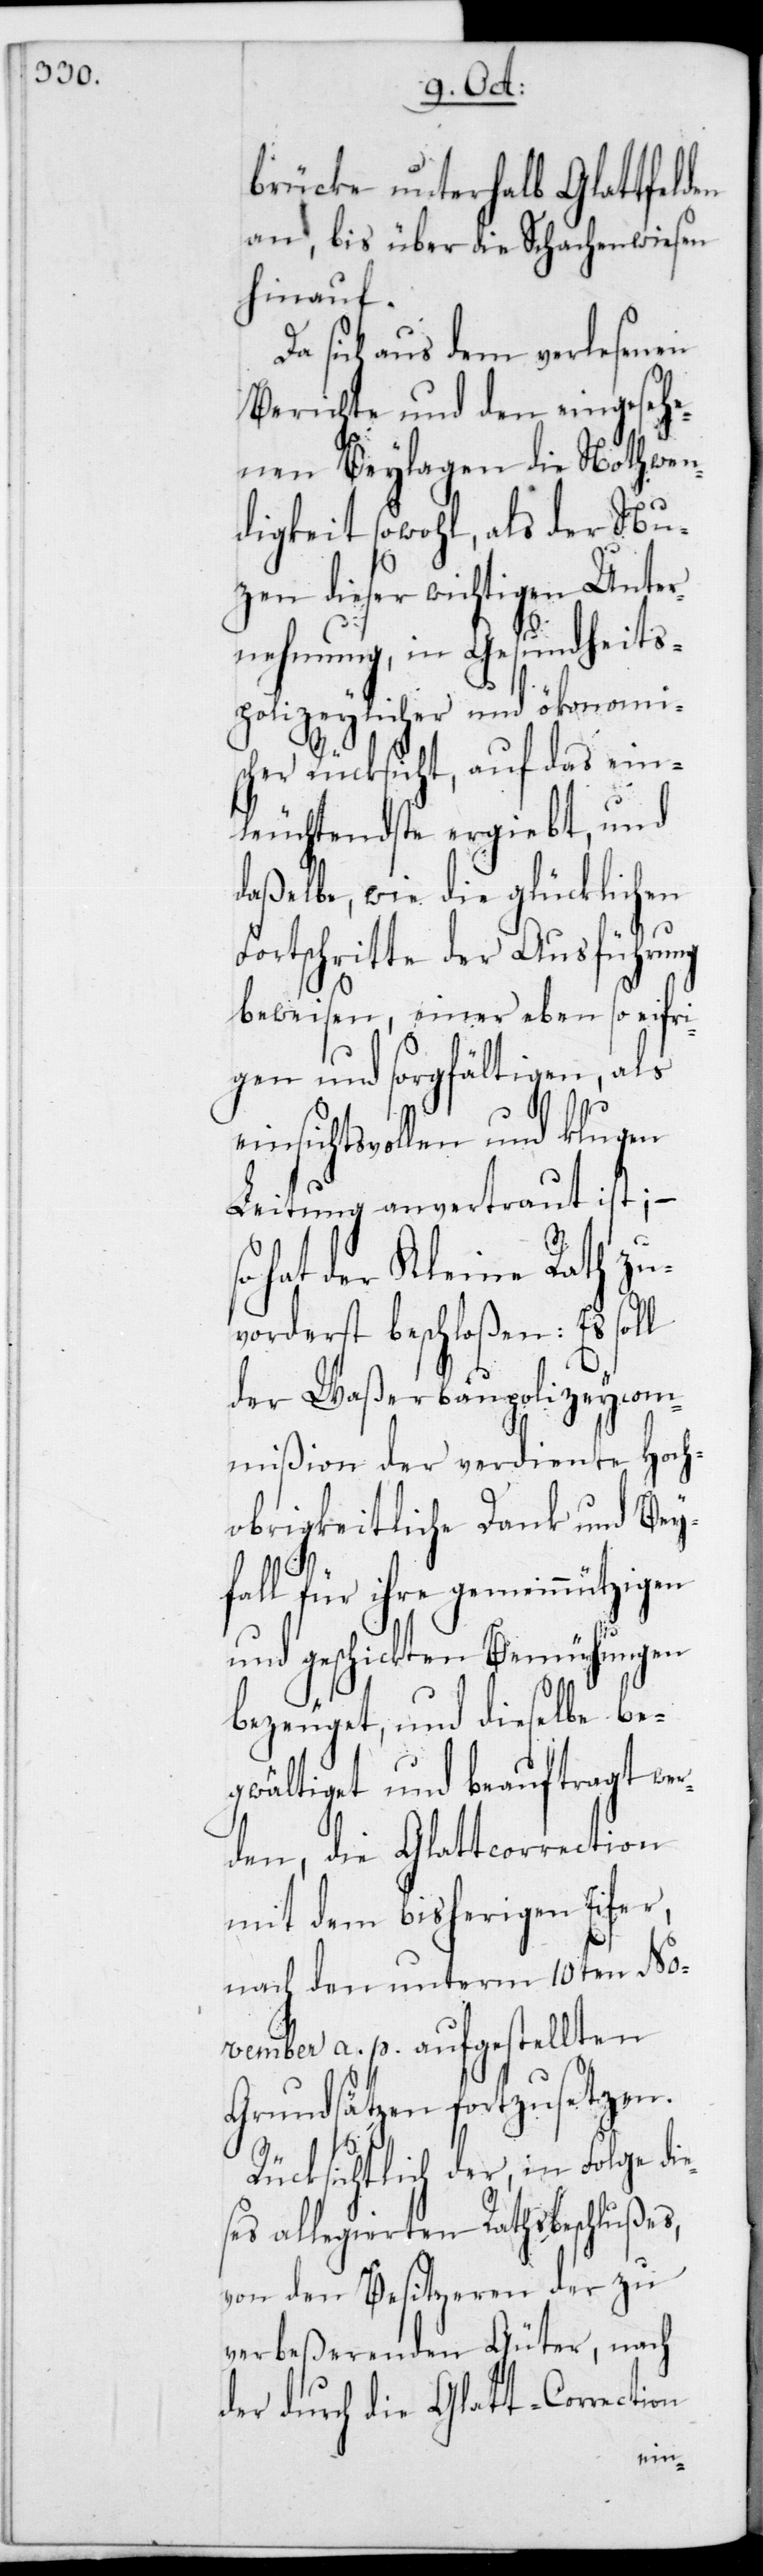
brücke unterhalb Glattfelden
an, bis über die Schachenwiesen
hinauf.
Da sich aus dem verlesenen
Berichte und den eingesehe¬
nen Beylagen die Nothwen¬
digkeit sowohl, als der Nut¬
zen dieser wichtigen Unter¬
nehmung, in Gesundheits¬
polizeylicher und ökonomis¬
cher Rücksicht, auf das ein¬
leuchtendste ergiebt, und
daßelbe, wie die glücklichen
Fortschritte der Ausführung
beweisen, einer eben so eifri¬
gen und sorgfältigen, als
sichtsvollen und klugen
Leitung anvertraut ist, –
hat der Kleine Rath zu¬
vorderst beschloßen: Es soll
der Waßerbaupolizeycom¬
mißion der verdiente Hoch¬
obrigkeitliche Dank und Beyf¬
für ihre gemeinnützigen
und geschickten Bemühungen
bezeuget, und dieselbe be¬
gwältiget und beauftragt we¬
rden, die Glattcorrection
mit dem bisherigen Eifer,
nach den unterm 10ten No¬
vember a. p. aufgestellten
Grundsätzen fortzusetzen.
Rücksichtlich der, in Folge di¬
ses allegierten Rathsbeschlußes,
von den Besitzeren der zu
verbeßerenden Güter, nach
der durch die Glatt-Correction
e¬